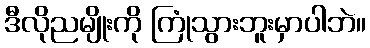
ဒီလိုညမျိုးကို ကြုံသွားဘူးမှာပါဘဲ။